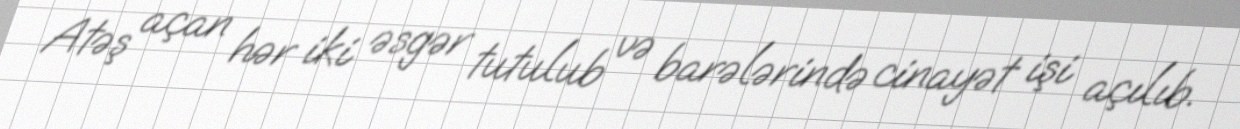
Atəş açan hər iki əsgər tutulub və barələrində cinayət işi açılıb.